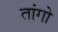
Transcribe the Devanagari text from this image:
तांगो